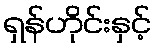
ရှန်ဟိုင်းနှင့်